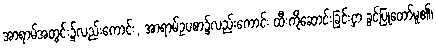
အာရာမ်အတွင်း၌လည်းကောင်း, အာရာမ်ဥပစာ၌လည်းကောင်း ထီးကိုဆောင်းခြင်းငှာ ခွင့်ပြုတော်မူ၏၊